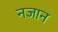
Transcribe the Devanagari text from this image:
नजान